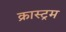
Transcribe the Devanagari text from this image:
क्रास्ट्रम